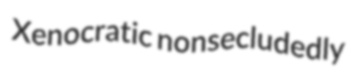
Xenocratic nonsecludedly